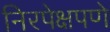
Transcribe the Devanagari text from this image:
निरपेक्षपणे